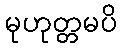
မုဟုတ္တမပိ